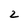
Character: 2